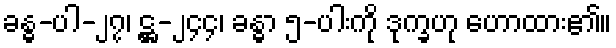
ခန္ဓ-ပါ-၂၇၊ ဋ္ဌ-၂၄၄၊ ခန္ဓာ ၅-ပါးကို ဒုက္ခဟု ဟောထား၏။